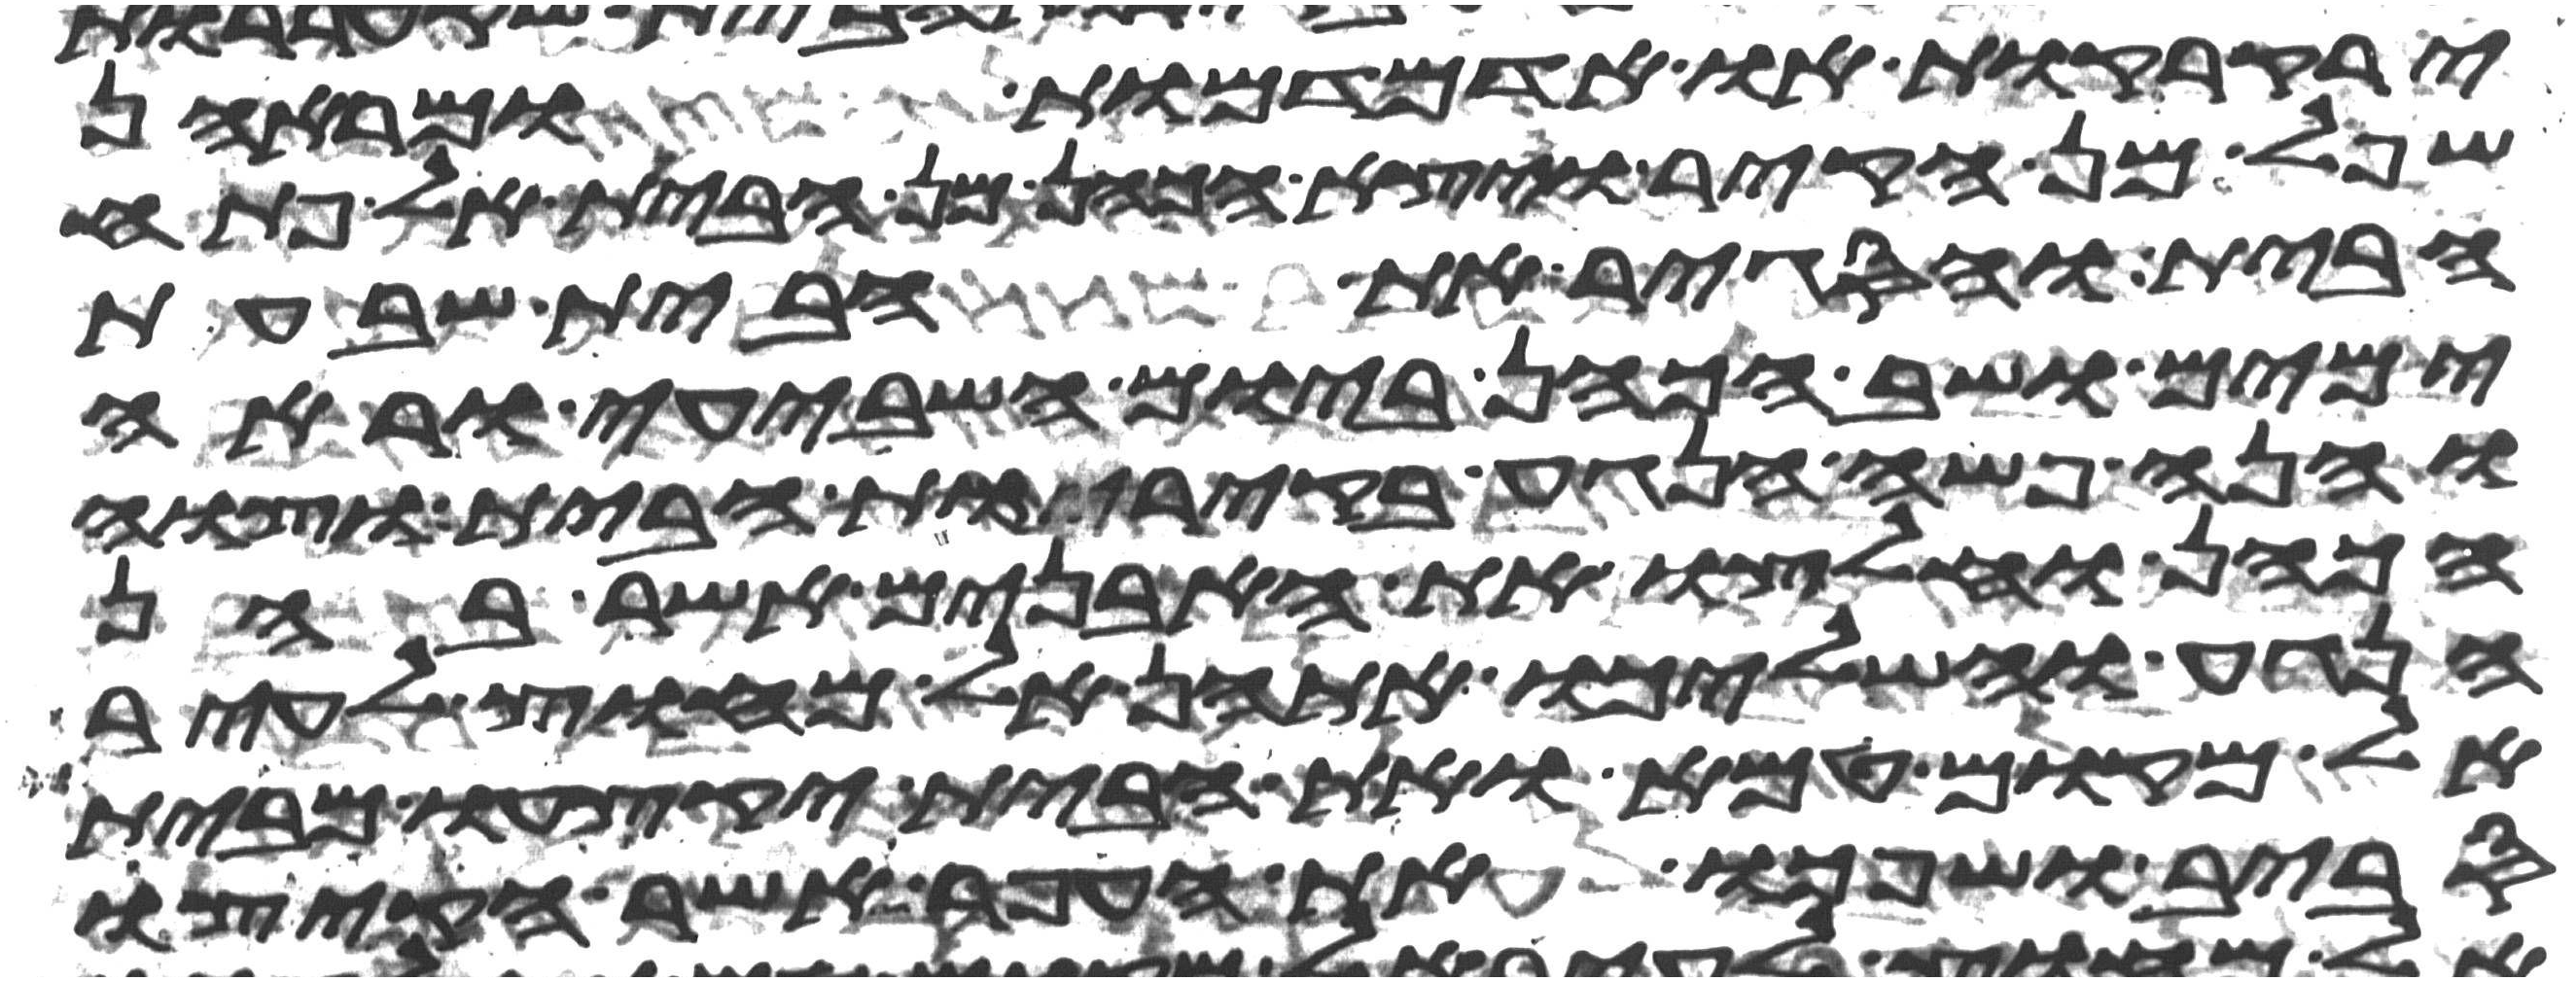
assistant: ירקרקות או אדמדמות ומראהן
שפל מן הקיר ויצא הכהן מן הבית אל פתח
הבית והסגיר את הבית שבעת
ימים ושב הכהן ביום השביעי וראה
והנה פשה הנגע בקירות הבית וצוה
הכהן וחלצו את האבנים אשר בהן
הנגע והשליכו אתהן אל מחוץ לעיר
אל מקום טמא ואת הבית יקצעו מבית
סביב ושפכו את העפר אשר הקיצו